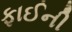
ફાઈની